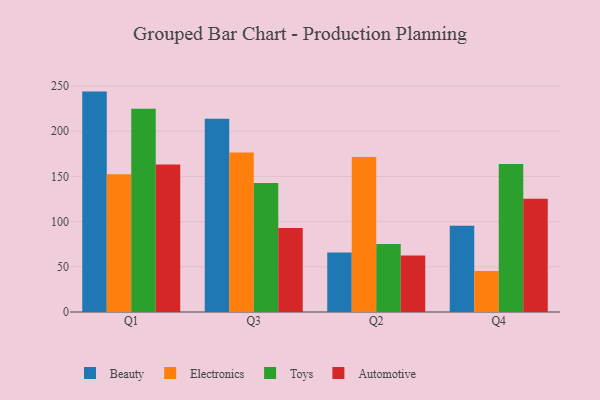
{"axis": {"x": "Quarter", "y": "Revenue (USD Million)"}, "legend": ["Automotive", "Beauty", "Electronics", "Toys"], "data": [{"x": "Q1", "y": 243.8, "type": "Beauty"}, {"x": "Q1", "y": 152.4, "type": "Electronics"}, {"x": "Q1", "y": 224.8, "type": "Toys"}, {"x": "Q1", "y": 163.1, "type": "Automotive"}, {"x": "Q3", "y": 213.7, "type": "Beauty"}, {"x": "Q3", "y": 176.4, "type": "Electronics"}, {"x": "Q3", "y": 142.7, "type": "Toys"}, {"x": "Q3", "y": 92.8, "type": "Automotive"}, {"x": "Q2", "y": 65.9, "type": "Beauty"}, {"x": "Q2", "y": 171.5, "type": "Electronics"}, {"x": "Q2", "y": 75.3, "type": "Toys"}, {"x": "Q2", "y": 62.6, "type": "Automotive"}, {"x": "Q4", "y": 95.4, "type": "Beauty"}, {"x": "Q4", "y": 45.4, "type": "Electronics"}, {"x": "Q4", "y": 163.7, "type": "Toys"}, {"x": "Q4", "y": 125.2, "type": "Automotive"}]}